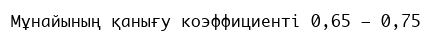
Мұнайының қанығу коэффициенті 0,65 – 0,75